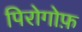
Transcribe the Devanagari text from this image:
पिरोगोफ़